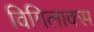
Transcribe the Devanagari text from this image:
विगिलाक्स